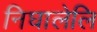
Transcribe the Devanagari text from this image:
निघालेलि